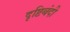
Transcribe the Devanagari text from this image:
दृष्टिबंदी